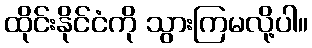
ထိုင်းနိုင်ငံကို သွားကြမလို့ပါ။